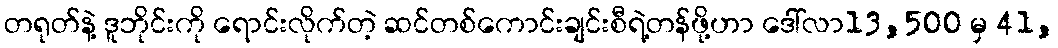
တရုတ်နဲ့ ဒူဘိုင်းကို ရောင်းလိုက်တဲ့ ဆင်တစ်ကောင်းချင်းစီရဲ့တန်ဖို့ဟာ ဒေါ်လာ13,500 မှ 41,